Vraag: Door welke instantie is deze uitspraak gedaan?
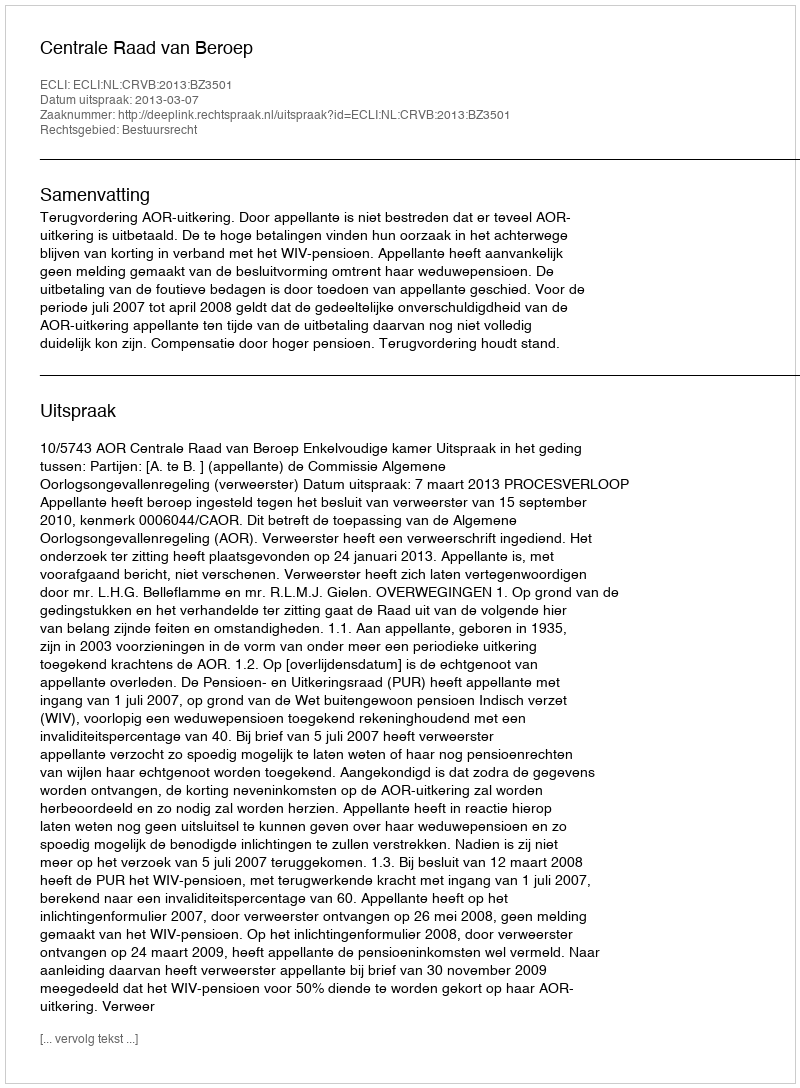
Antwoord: Centrale Raad van Beroep